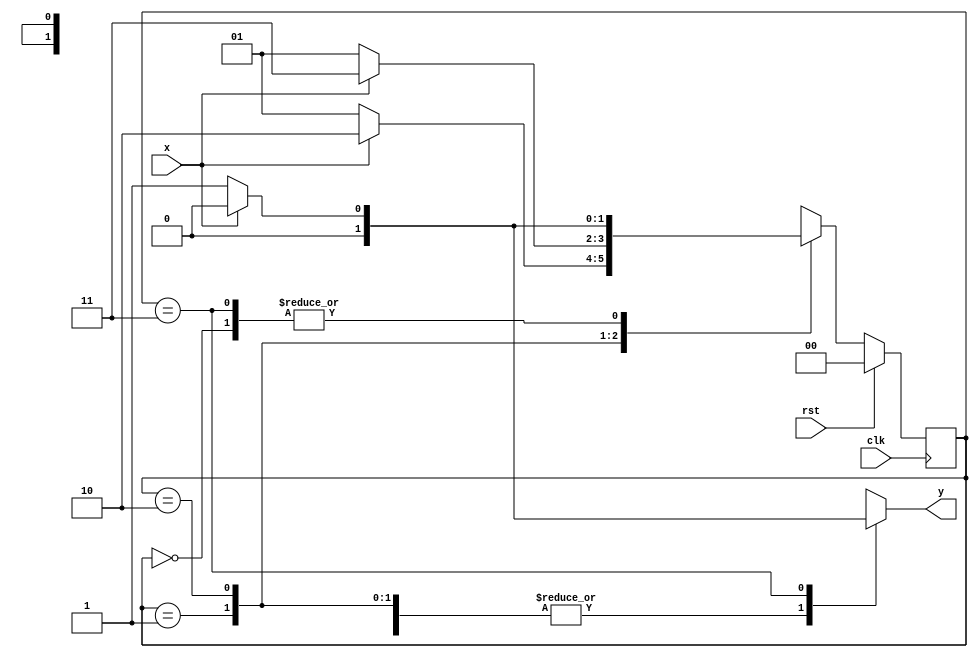
module seq_detector_0110(input clk,rst,x,output reg y);
parameter s0=2'd0;parameter s1=2'd1;
parameter s2=2'd2;parameter s3=2'd3;
reg[1:0]ps,ns;
always@(posedge clk)
 begin
  if(rst)
    ps<=0;
  else 
    ps<=ns;
 end
always@(ps,x)
  begin 
  case(ps)
   s0:begin ns=x?s0:s1;y=x?0:0; end
   s1:begin ns=x?s2:s1;y=x?0:0; end
   s2:begin ns=x?s3:s1;y=x?0:0; end
   s3:begin ns=x?s0:s1;y=x?0:1; end
  endcase
 end
endmodule


module tb;
reg clk,rst,x;
wire y;
always #1 clk=~clk;
seq_detector_0110 se1(clk,rst,x,y);
initial begin
 $monitor($time," x=%b  ,y=%b",x,y);
 #0clk=0;rst=1;x=0;
 #2 rst=0 ;

  #2x=0;#2 x=1;#2 x=1;#2 x=0;#2 x=1;

end
initial begin
#50 $finish;
end
endmodule